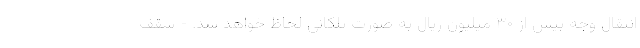
انتقال وجه بیش از ۳۰ میلیون ریال به صورت پلکانی لحاظ خواهد شد. - سقف